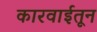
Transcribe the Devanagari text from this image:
कारवाईतून